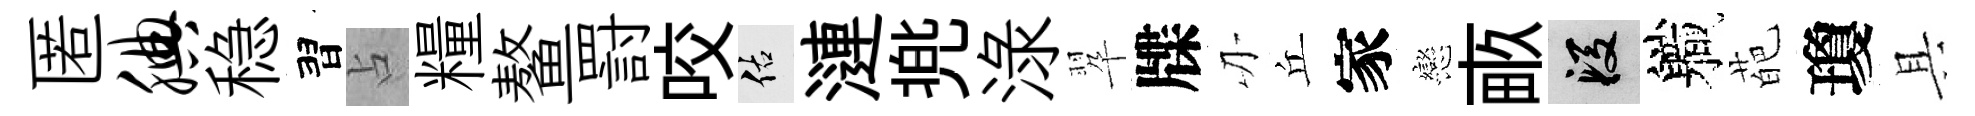
匿腆稳習占糧鳌罸咬佑漣兠渌翆牒刃丘家戀畞段軄葩瓊具